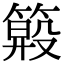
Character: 𥲏